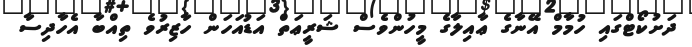
ދަށުކޯޓްގައި ހުމާމް އޭނާގެ ޢާއިލާގެ މީހުންވެސް ޝަރީޢަތް އަޑުއަހަން ހާޒިރުވެ ތިއްބާ އެހާދިސާ